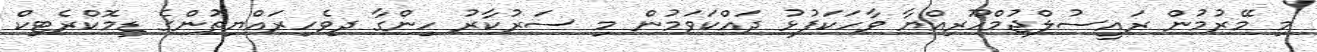
މި މޭރުމުން ރައީސުލްޖުމްހޫރިއްޔާ ވާހަކަފުޅު ދައްކަވަމުން މި ސަރުކާރު ހިންގާ ދިވެހިރައްޔިތުންގެ ޑިމޮކްރެޓިކް